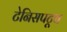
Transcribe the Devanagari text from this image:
टेनिसपटूच